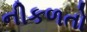
નીકળતો